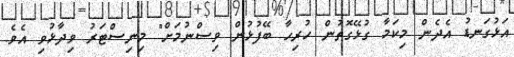
އަޅުގަނޑު އެދެން މިކަމާ ގުޅޭގޮތުން ހުރިހާ ބޭފުޅުން ވިސްނުމަށް" މިނިސްޓަރު ވިދާޅުވި އެވެ.